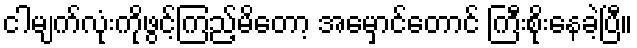
ငါမျက်လုံးကိုဖွင့်ကြည့်မိတော့ အမှောင်တောင် ကြီးစိုးနေခဲ့ပြီ။